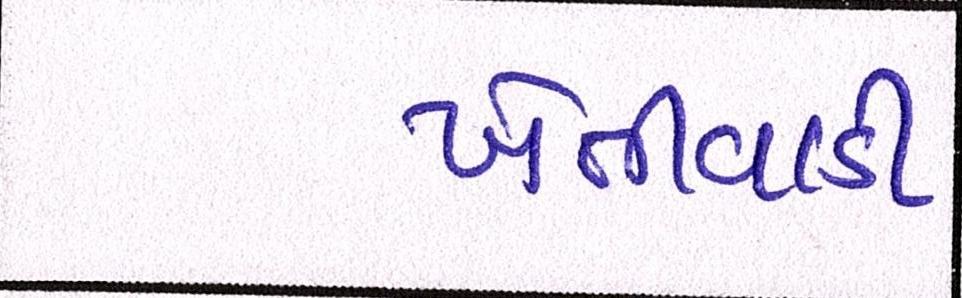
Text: ખેતીવાડી